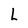
Character: L